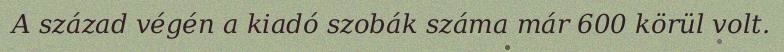
A század végén a kiadó szobák száma már 600 körül volt.